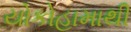
યોકોહામાથી